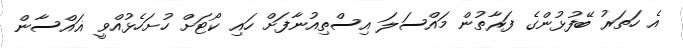
އެ ހަތަރު ބޭފުޅުންގެ ފަރާތުން މައްސަލަ އިސްތިއުނާފަށް ހައި ކޯޓަށް ހުށަހެޅުއްވީ ޣައްސާން